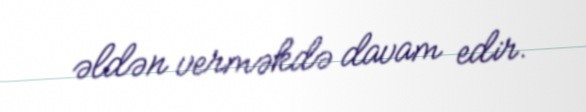
əldən verməkdə davam edir.